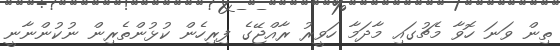
ތިން ވަނަ ހޮވާ މެޗުގައި މާދަމާ ހަވީރު ރާއްޖޭގެ ފިރިހެން ކުޅުންތެރިން ނުކުންނާނީ